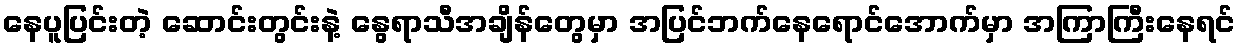
နေပူပြင်းတဲ့ ဆောင်းတွင်းနဲ့ နွေရာသီအချိန်တွေမှာ အပြင်ဘက်နေရောင်အောက်မှာ အကြာကြီးနေရင်